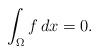
LaTeX: \begin{align*}\int_\Omega f\,dx=0.\end{align*}